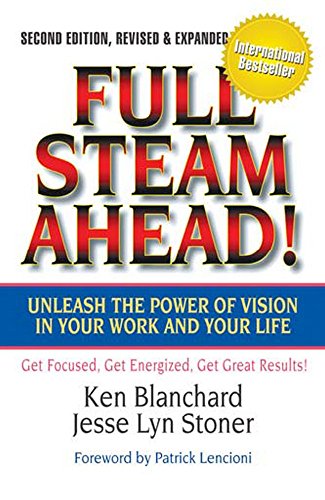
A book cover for Full Steam Ahead! Unleash the Power of Vision in Your Work and Your Life, 2nd Edition; Ken Blanchard; Business & Money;